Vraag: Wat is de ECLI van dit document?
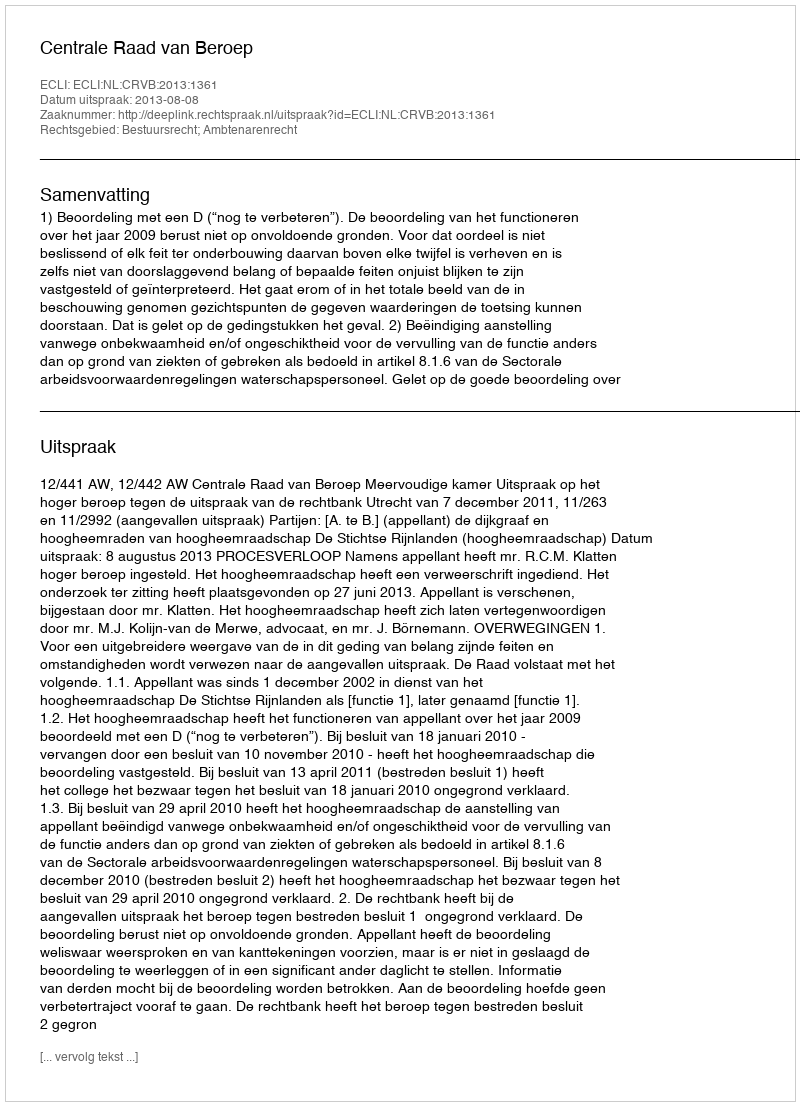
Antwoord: ECLI:NL:CRVB:2013:1361